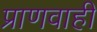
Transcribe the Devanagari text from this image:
प्राणवाही